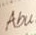
Abu